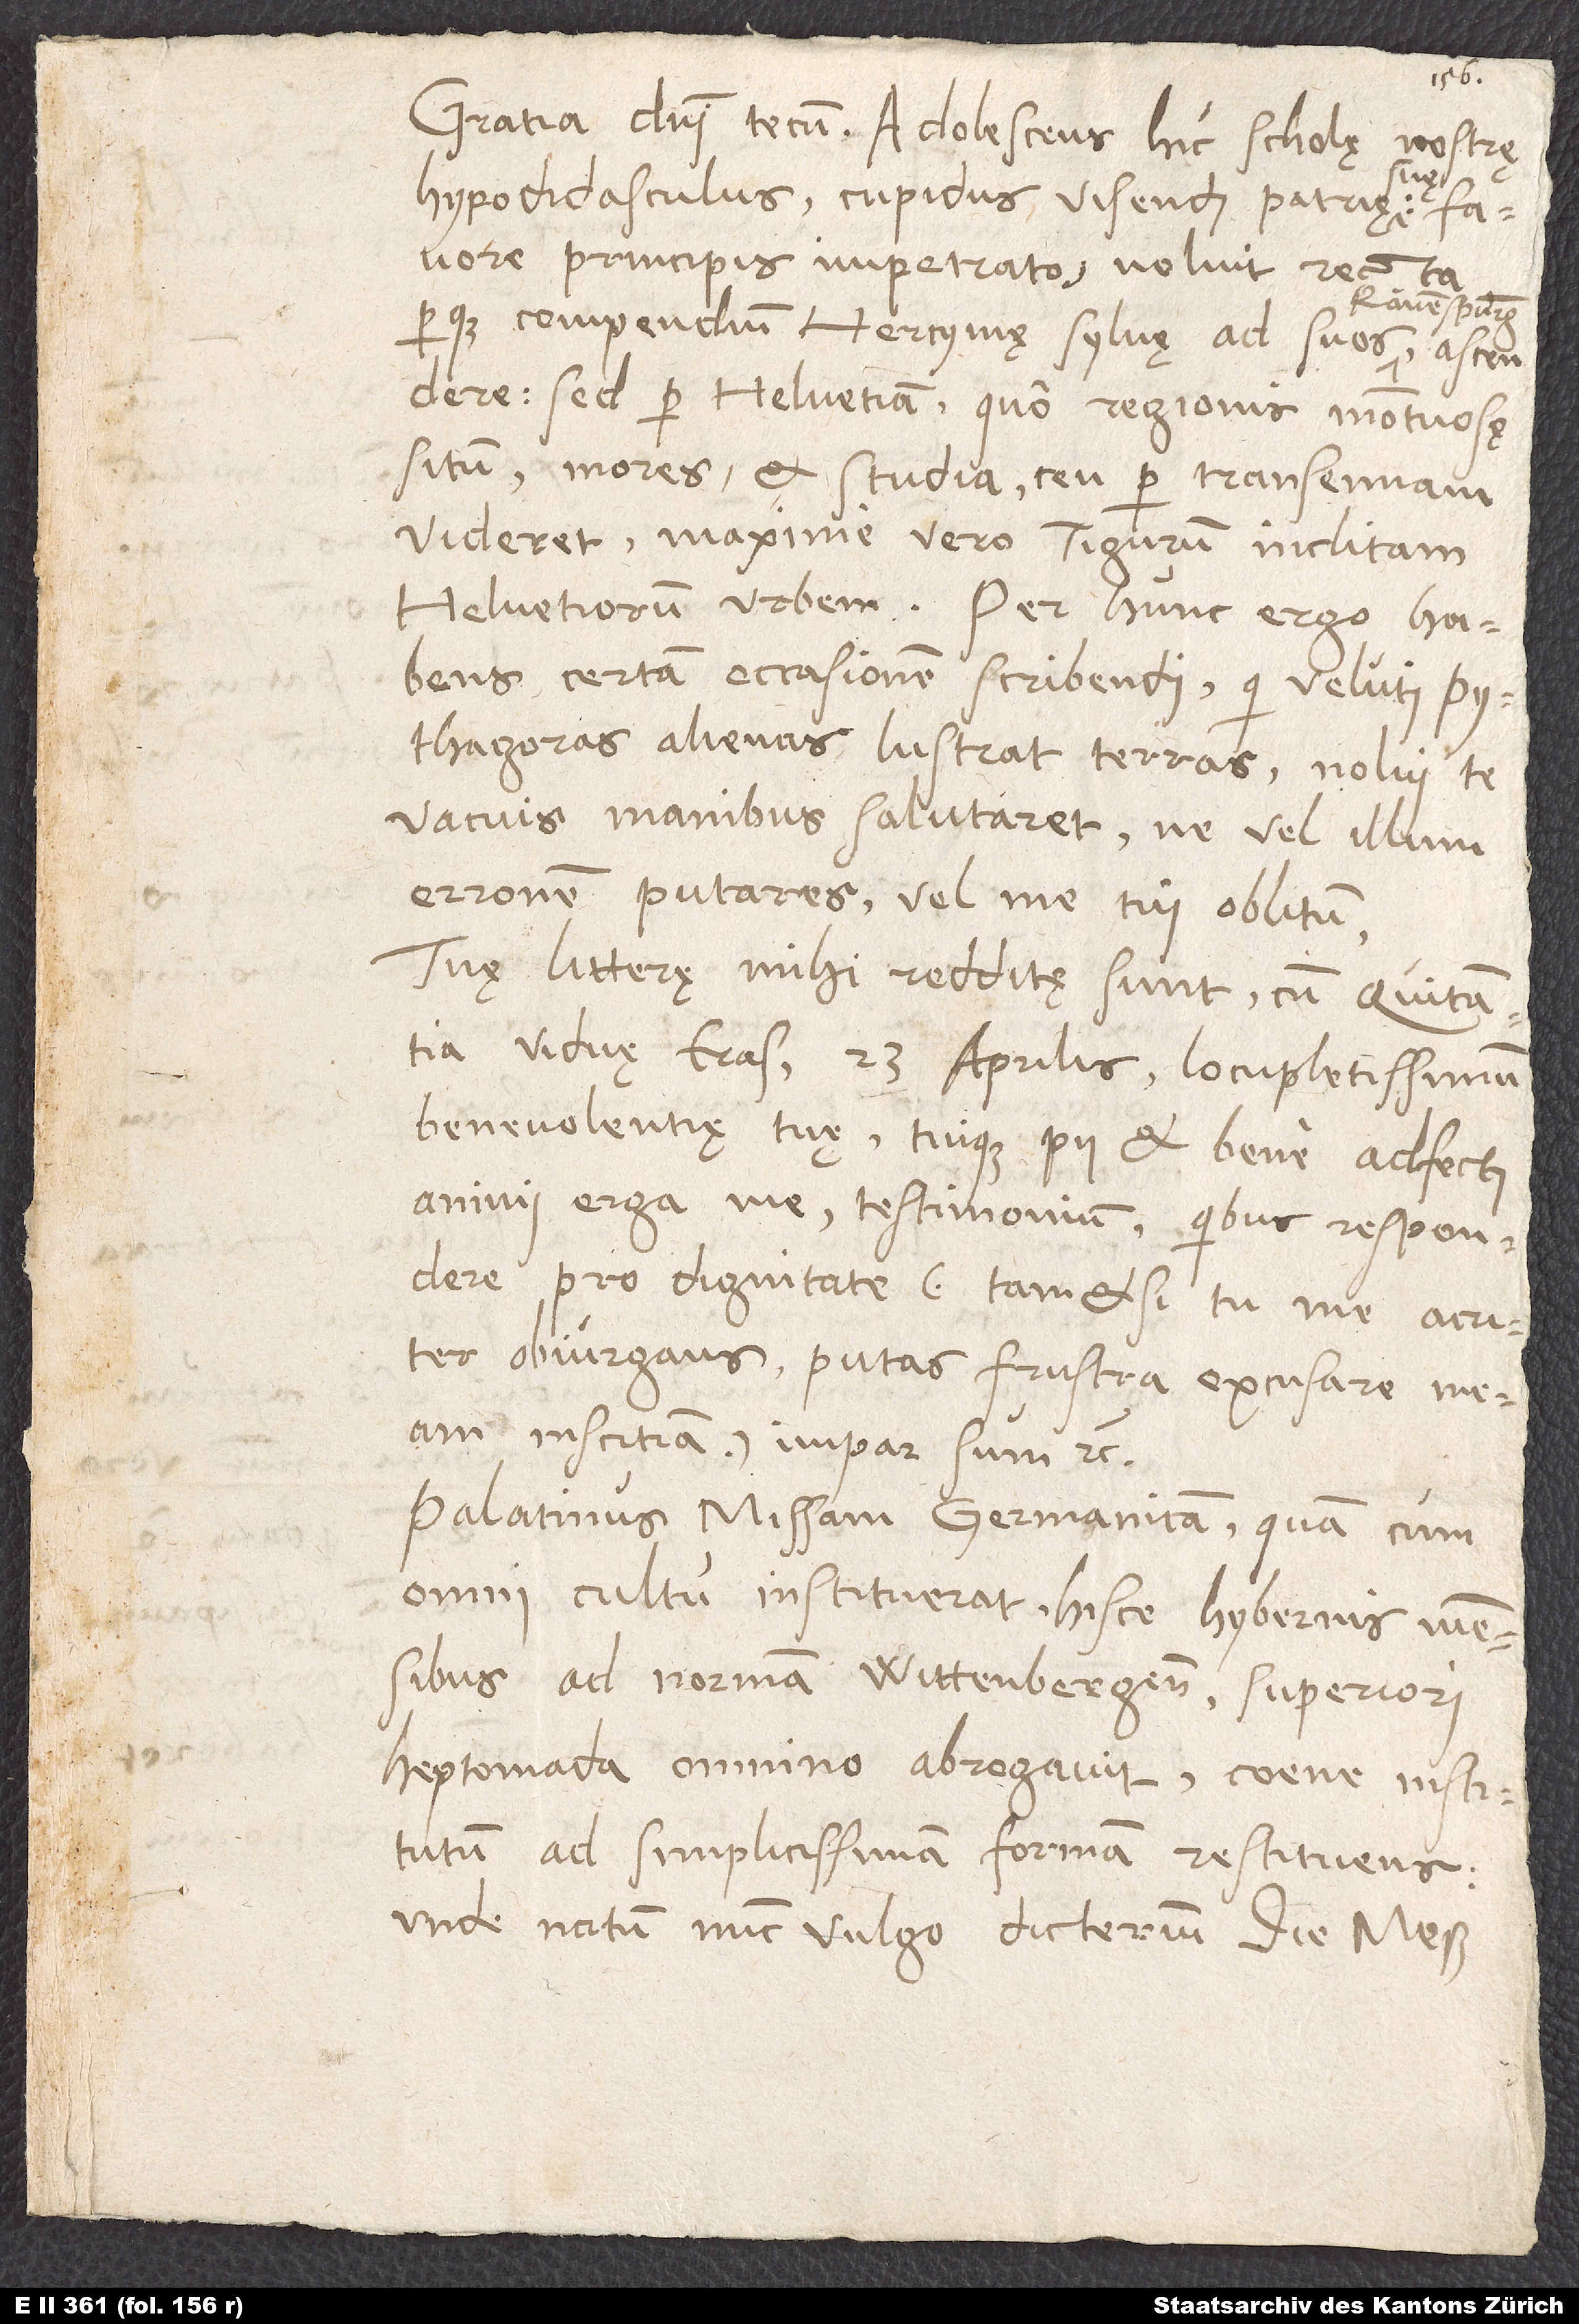
Gratia domini tecum. Adolescens hic, scholę nostrę
suę
hypodidasculus, cupidus visendi patrię
favore principis impetrato noluit recta
perque compendium Hercynię sylvę ad suos
sed per Helvetiam, quo regionis montuosę
mores et studia ceu per transennam
videret, maxime vero Tigurum, inclitam
Helvetiorum urbem. Per hunc ergo habens
certam occasionem scribendi (qui veluti
Pythagoras alienas lustrat terras) nolui te
vacuis manibus salutaret, ne vel illum
erronem putares vel me tui oblitum.
Tuę litterę mihi redditę sunt cum quitantia
viduę Erasmi 23. aprilis, locupletissimum
benevolentię tuę tuique pii et bene adfecti
animi erga me testimonium, quibus respondere
pro dignitate (tametsi tu me acriter
obiurgans putas frustra excusare meam
inscitiam) impar sum, etc.
Palatinus missam Germanicam, quam cum
omni cultu instituerat hisce hybernis mensibus
ad normam Wittenbergensem, superiori
heptomada omnino abrogavit, coene institutum
ad simplicissimam formam restituens,
unde natum nunc vulgo dicterium: „Die meß